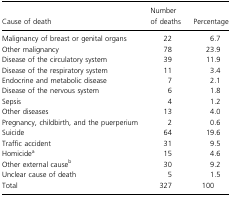
<table><thead><tr><td><b>Cause of death</b></td><td><b>Number of deaths</b></td><td><b>Percentage</b></td></tr></thead><tbody><tr><td>Malignancy of breast or genital organs</td><td>22</td><td>6.7</td></tr><tr><td>Other malignancy</td><td>78</td><td>23.9</td></tr><tr><td>Disease of the circulatory system</td><td>39</td><td>11.9</td></tr><tr><td>Disease of the respiratory system</td><td>11</td><td>3.4</td></tr><tr><td>Endocrine and metabolic disease</td><td>7</td><td>2.1</td></tr><tr><td>Disease of the nervous system</td><td>6</td><td>1.8</td></tr><tr><td>Sepsis</td><td>4</td><td>1.2</td></tr><tr><td>Other diseases</td><td>13</td><td>4.0</td></tr><tr><td>Pregnancy, childbirth, and the puerperium</td><td>2</td><td>0.6</td></tr><tr><td>Suicide</td><td>64</td><td>19.6</td></tr><tr><td>Traffic accident</td><td>31</td><td>9.5</td></tr><tr><td>Homicidea</td><td>15</td><td>4.6</td></tr><tr><td>Other external causeb</td><td>30</td><td>9.2</td></tr><tr><td>Unclear cause of death</td><td>5</td><td>1.5</td></tr><tr><td>Total</td><td>327</td><td>100</td></tr></tbody></table>